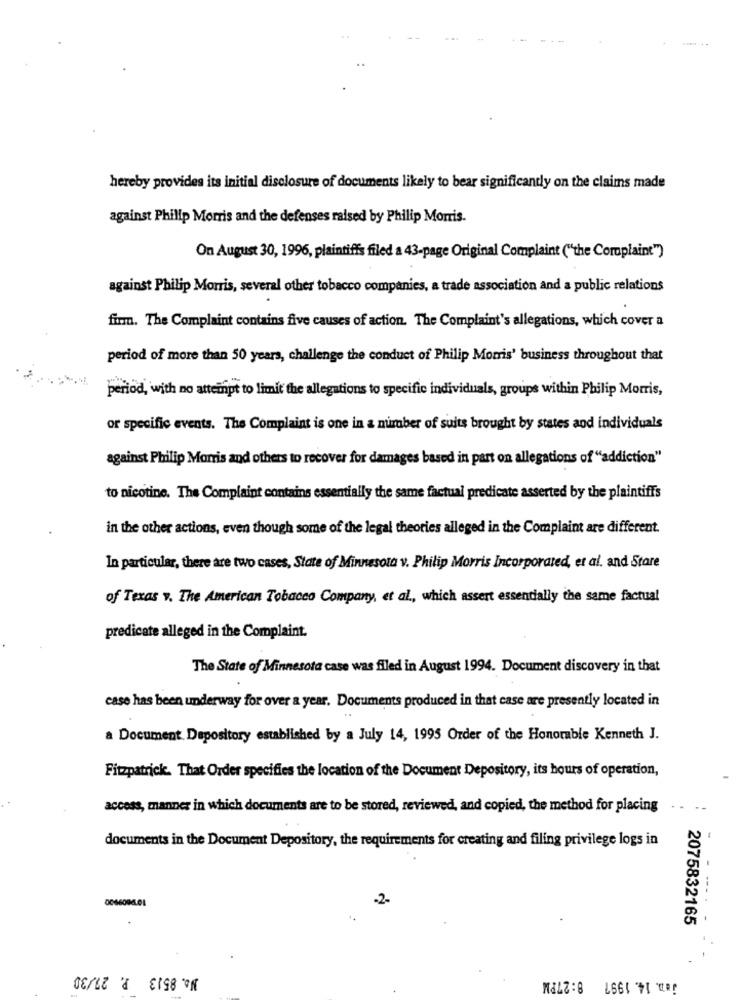
hereby provides its initial disclosure of documents likely to bear significantly on the claims made
against Philip Morris and the defenses raised by Philip Morris.
On August 30, 1996, plaintiffs filed a 43-page Original Complaint ("the Complaint")
against Philip Morris, several other tobacco companies, a trade association and a public relations
firm. The Complaint contains five causes of action. The Complaint's allegations, which cover a
period of more than 50 years, challenge the conduct of Philip Morris' business throughout that
period, with no attempt to limit the allegations to specific individuals, groups within Philip Morris,
or specific events. The Complaint is one in a number of suits brought by states and individuals
against Philip Morris and others to recover for damages based in part on allegations of "addiction"
to nicotine. The Complaint contains essentially the same factual predicate asserted by the plaintiff's
in the other actions, even though some of the legal theories alleged in the Complaint are different.
In particular, there are two cases, State of Minnesota v. Philip Morris Incorporated, et al. and Stare
of Texas v. The American Tobacco Company, et al ., which assert essentially the same factual
predicate alleged in the Complaint.
The State of Minnesota case was filed in August 1994. Document discovery in that
case has been underway for over a year. Documents produced in that case are presently located in
a Document Depository established by a July 14, 1995 Order of the Honorable Kenneth J.
Fitzpatrick. That Order specifies the location of the Document Depository, its hours of operation,
access, manner in which documents are to be stored, reviewed, and copied, the method for placing
documents in the Document Depository, the requirements for creating and filing privilege logs in
-2.
006609601
2075832165
No. 8513 P. 27/30
8:27PM
jen. 14. 1997